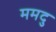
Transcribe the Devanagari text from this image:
ममदु